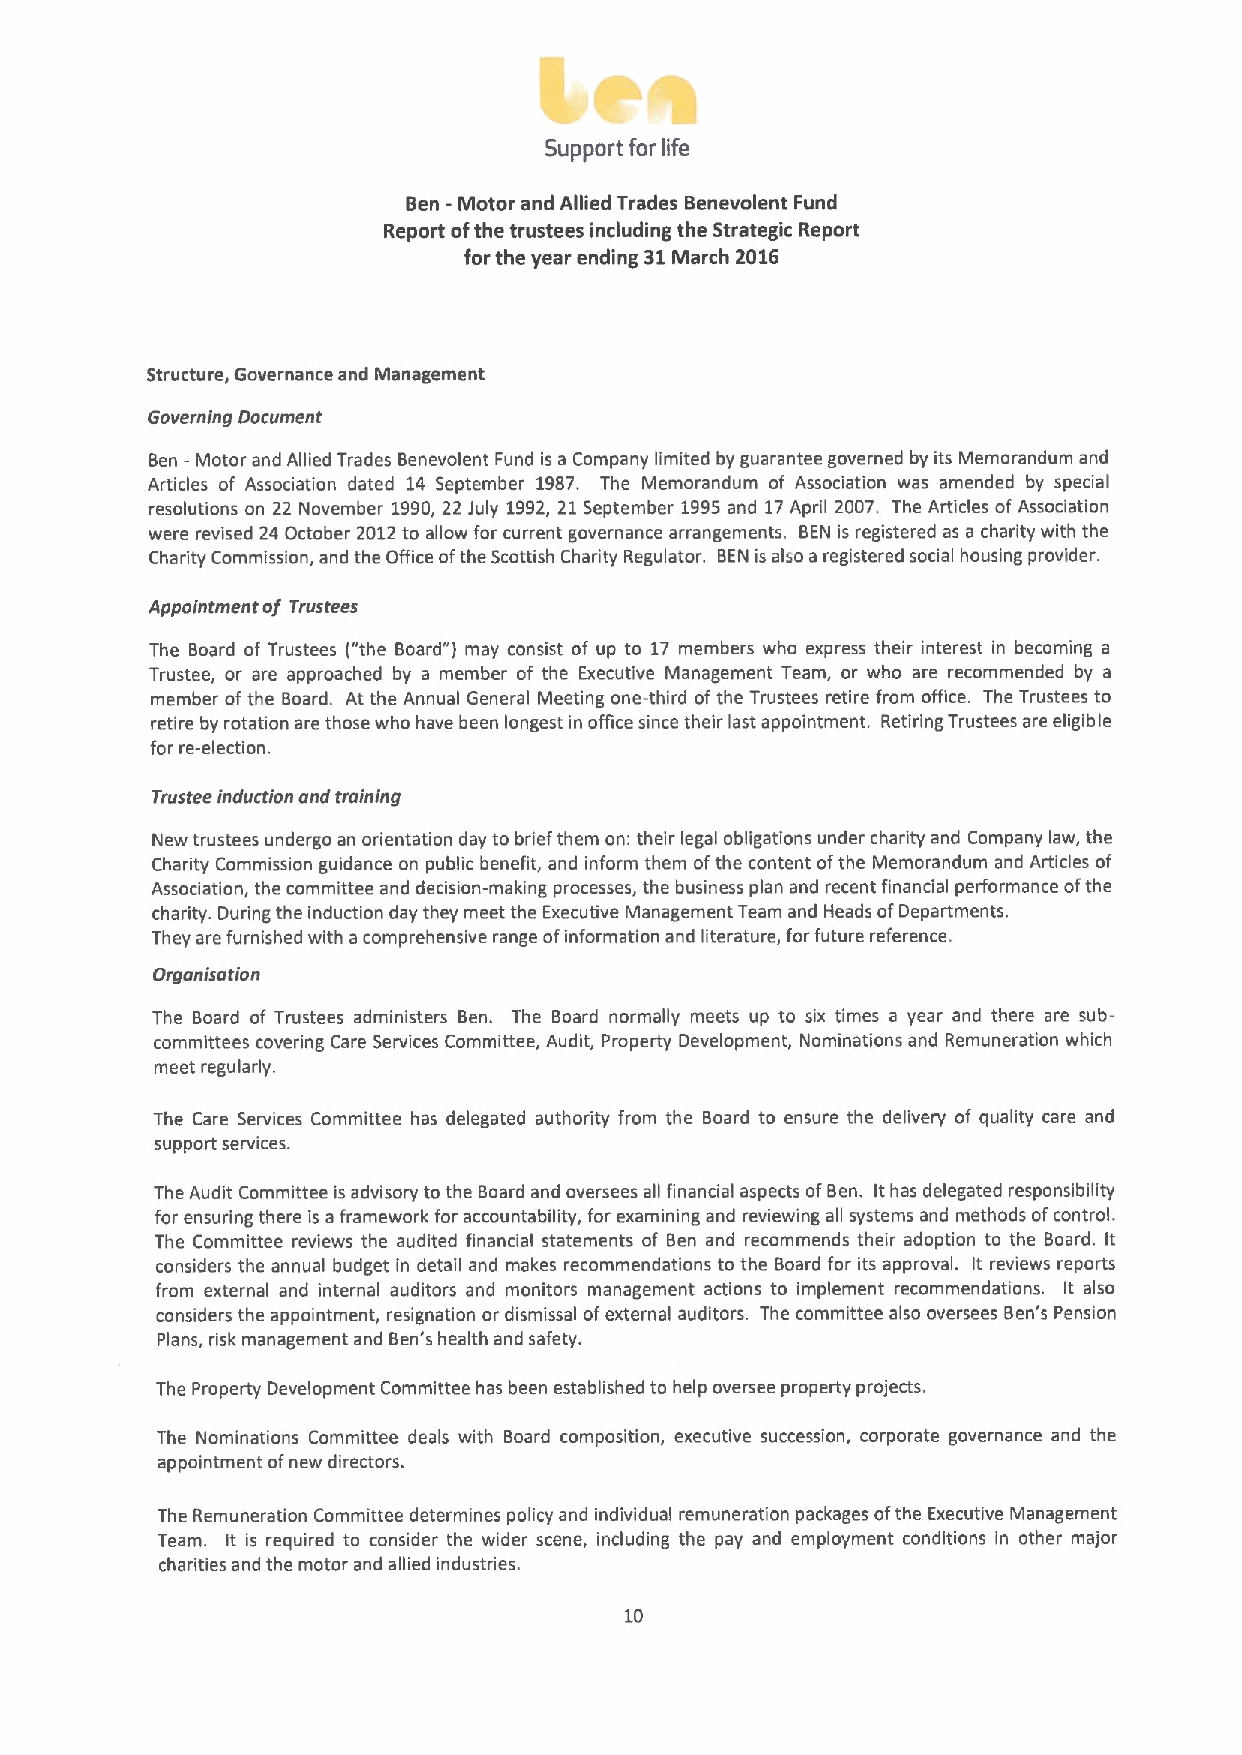
Support for life
 Ben -Motor and Allied Trades Benevolent Fund
 Report ofthe trustees including the Strategic Report
 forthe year ending 31March 2016
 Structure, Governance and Management
 Governing Document
 Ben —Motor and Allied Trades Benevolent Fund is a Company limited by guarantee governed by its Memorandum and
 Articles of Association dated 14 September 1987. The Memorandum of Association was amended by special
 resolutions on 22 November 1990,22 July 1992,21September 1995and 17April 2007. The A*icles ofAssociation
 were revised 24 October 2012to allow for current governance arrangements. BEN is registered as a charity with the
 Charity Commission, and the Office ofthe Scottish Charity Regulator. BEN is also a registered social housing provider.
 Appointment of Trustees
 The Board of Trustees ("the Board") may consist of up to 17 members who express their interest in becoming a
 Trustee, or are approached by a member of the Executive Management Team, or who are recommended by a
 member ofthe Board. At the Annual General Meeting one-third ofthe Trustees retire from office. The Trustees to
 retire by rotation are those who have been longest in office since their last appointment. Retiring Trustees are eligible
 for re-election.
 Tmstee induction ond training
 New trustees undergo an orientation day to brief them on: their legal obligations under charity and Company law, the
 Charity Commission guidance on public benefit, and inform them ofthe content ofthe Memorandum and Articles of
 Association, the committee and decision-making processes, the business plan and recent financial performance ofthe
 charity. During the induction day they meet the Executive Management Team and Heads ofDepartments.
 They are furnished with acomprehensive range ofinformation and literature, forfuture reference.
 Orgonisation
 The Board of Trustees administers Ben. The Board normally meets up to six times a year and there are sub-
 committees covering Care Services Committee, Audit, Property Development, Nominations and Remuneration which
 meet regularly.
 The Care Services Committee has delegated authority from the Board to ensure the delivery of quality care and
 support services.
 The Audit Committee is advisory to the Board and oversees all financial aspects ofBen. Ithas delegated responsibility
 for ensuring there is aframework for accountability, for examining and reviewing all systems and methods ofcontrol.
 The Committee reviews the audited financial statements of Ben and recommends their adoption to the Board. It
 considers the annual budget in detail and makes recommendations to the Board for its approval. It reviews reports
 from external and internal auditors and monitors management actions to implement recommendations. It also
 considers the appointment, resignation or dismissal ofexternal auditors. The committee also oversees Ben's Pension
 Plans, risk management and Ben's health and safety.
 The Property Development Committee has been established to help oversee property projects.
 The Nominations Committee deals with Board composition, executive succession, corporate governance and the
 appointment ofnew directors.
 The Remuneration Committee determines policy and individual remuneration packages ofthe Executive Management
 Team. It is required to consider the wider scene, including the pay and employment conditions in other major
 charities and the motor and allied industries.
 10